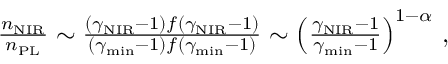
\begin{array} { r } { \frac { n _ { \mathrm { N I R } } } { n _ { \mathrm { P L } } } \sim \frac { ( \gamma _ { \mathrm { N I R } } - 1 ) f ( \gamma _ { \mathrm { N I R } } - 1 ) } { ( \gamma _ { \mathrm { m i n } } - 1 ) f ( \gamma _ { \mathrm { m i n } } - 1 ) } \sim \left( \frac { \gamma _ { \mathrm { N I R } } - 1 } { \gamma _ { \mathrm { m i n } } - 1 } \right) ^ { 1 - \alpha } \, , } \end{array}